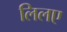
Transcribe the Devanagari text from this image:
लिलए